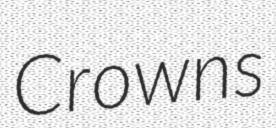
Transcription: Crowns